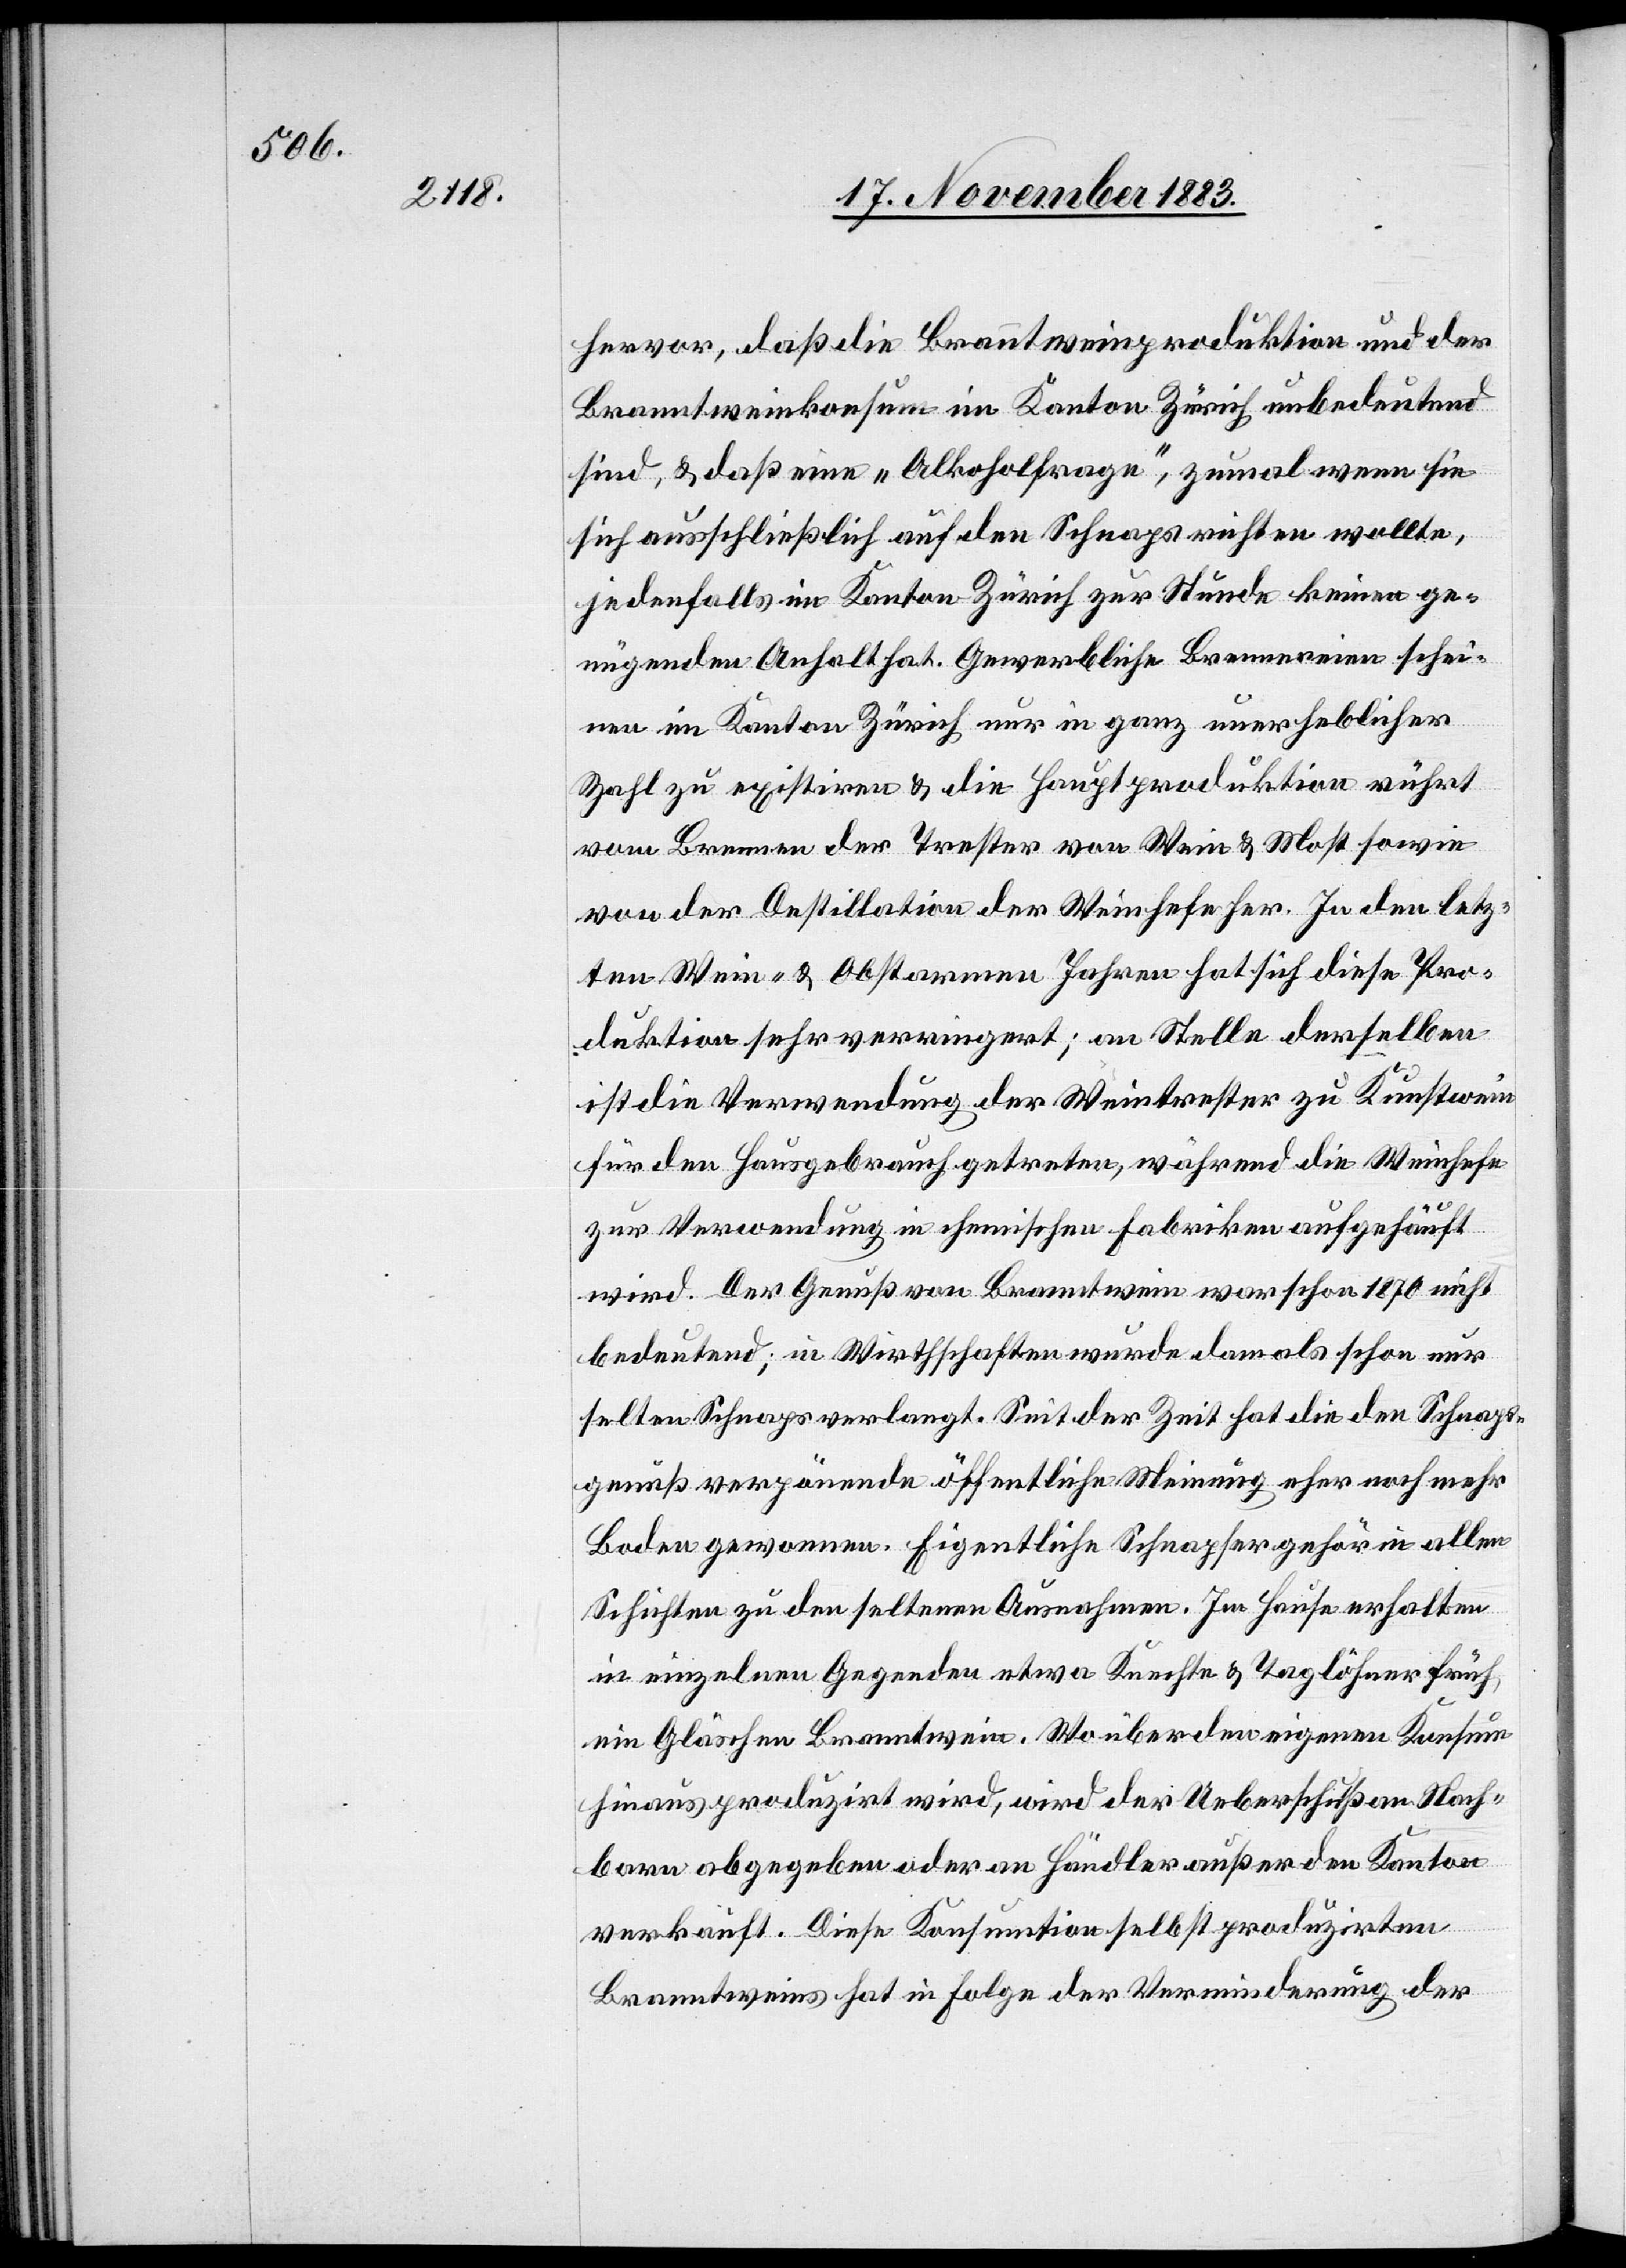
hervor, daß die Branntweinproduktion und der
Branntweinkonsum im Kanton Zürich unbedeutend
sind, & daß eine „Alkoholfrage“, zumal sie
sich ausschließlich auf den Schnaps richten wollte,
jedenfalls im Kanton Zürich zur Stunde keinen ge¬
nügenden Anhalt hat. Gewerbliche Brennereien schei¬
nen im Kanton Zürich nur in ganz unerheblicher
Zahl zu existiren & die Hauptproduktion rührt
vom Brennen der Trester von Wein & Most sowie
von Destillation der Weinhefe her. In den letz¬
ten Wein- & Obstarmen [sic!] Jahren hat sich diese Pro¬
duktion sehr verringert; an Stelle derselben
ist die Verwendung der Weintrester zu Kunstwein
für den Hausgebrauch getreten, während die Weinhefe
zur Verwendung in heimischen Fabriken aufgehäuft
wird. Der Genuß von Branntwein war schon 1870 nicht
bedeutend; in Wirthschaften wurde damals schon nur
selten Schnaps verlangt. Seit der Zeit hat die den Schnaps¬
genuß verpönende öffentliche Meinung eher noch mehr
Boden gewonnen. Eigentliche Schnapser gehör[en] in allen
Schichten zu den seltenen Ausnahmen. Im Hause erhalten
in einzelnen Gegenden etwa Knechte & Taglöhner früh
ein Gläschen Branntwein. Wo über den eigenen Konsum
hinaus pruduzirt wird, wird der Ueberschuß an Nach¬
barn abgegeben oder an Händler außer den Kanton
verkauft. Diese Konsumption selbst produzirten
Branntweins hat in Folge der Verminderung der